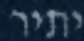
יתיר